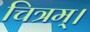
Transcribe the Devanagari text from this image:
चित्रम्।